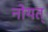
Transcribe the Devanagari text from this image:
नोयत्